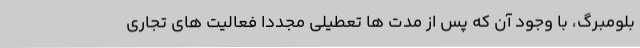
بلومبرگ، با وجود آن که پس از مدت ها تعطیلی مجددا فعالیت های تجاری